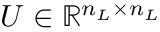
U \in \mathbb { R } ^ { n _ { L } \times n _ { L } }